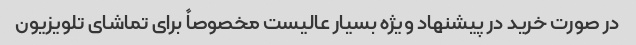
در صورت خرید در پیشنهاد ویژه بسیار عالیست مخصوصاً برای تماشای تلویزیون